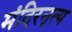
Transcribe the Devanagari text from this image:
मंदिरनृत्य